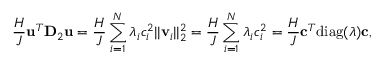
\frac { H } { J } \mathbf { u } ^ { T } \mathbf { D } _ { 2 } \mathbf { u } = \frac { H } { J } \sum _ { i = 1 } ^ { N } \lambda _ { i } c _ { i } ^ { 2 } | | \mathbf { v } _ { i } | | _ { 2 } ^ { 2 } = \frac { H } { J } \sum _ { i = 1 } ^ { N } \lambda _ { i } c _ { i } ^ { 2 } = \frac { H } { J } \mathbf { c } ^ { T } \mathrm { d i a g } ( \boldsymbol { \lambda } ) \mathbf { c } ,